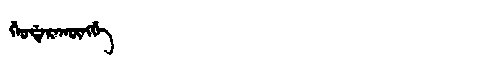
Manchu: ᡤᡝᠣᡩᡝᡵᠠᡴᡡᠩᡤᡝ
Romanization: GEODERAKŪNGGE